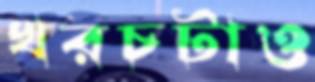
খরচটাও